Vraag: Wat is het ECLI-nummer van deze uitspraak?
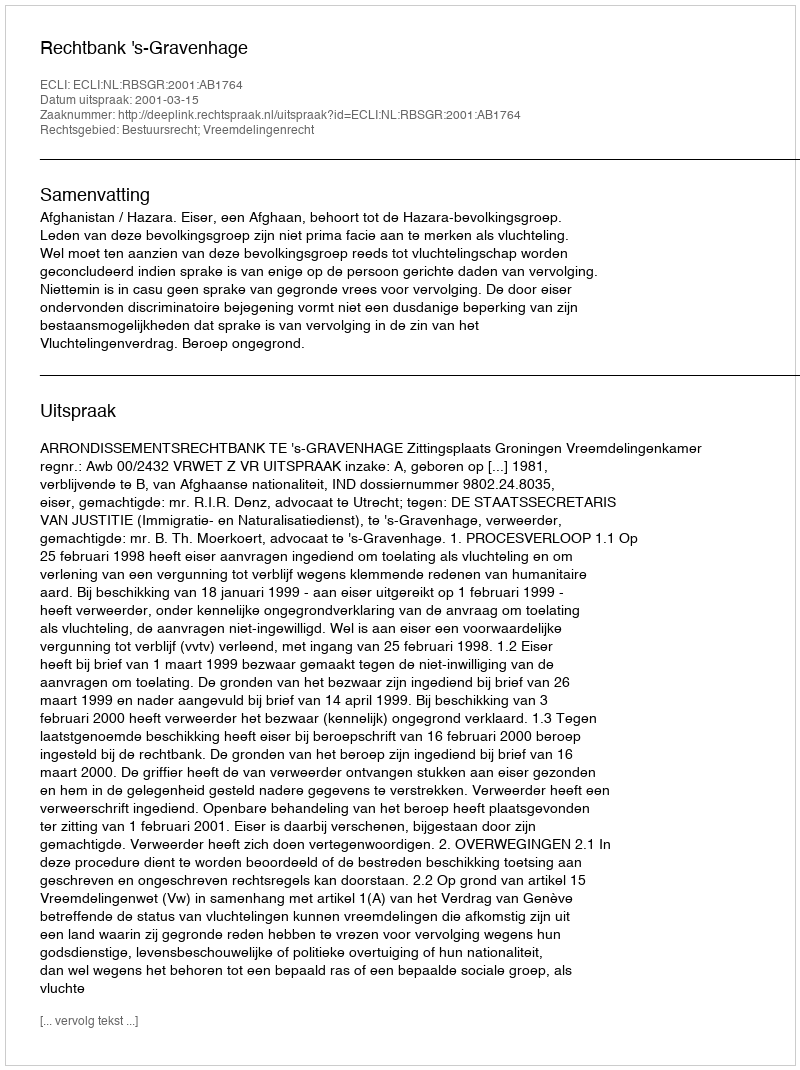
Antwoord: ECLI:NL:RBSGR:2001:AB1764